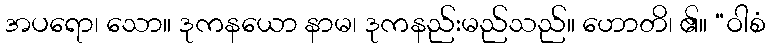
အပရော၊ သော။ ဒုကနယော နာမ၊ ဒုကနည်းမည်သည်။ ဟောတိ၊ ၏။ “ဝါစံ